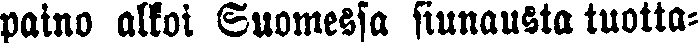
paino alkoi Suomessa siunausta tuotta-